65_HS1-834228961_62-HQ-83894_Section_3
Agency: FBI
Page 43
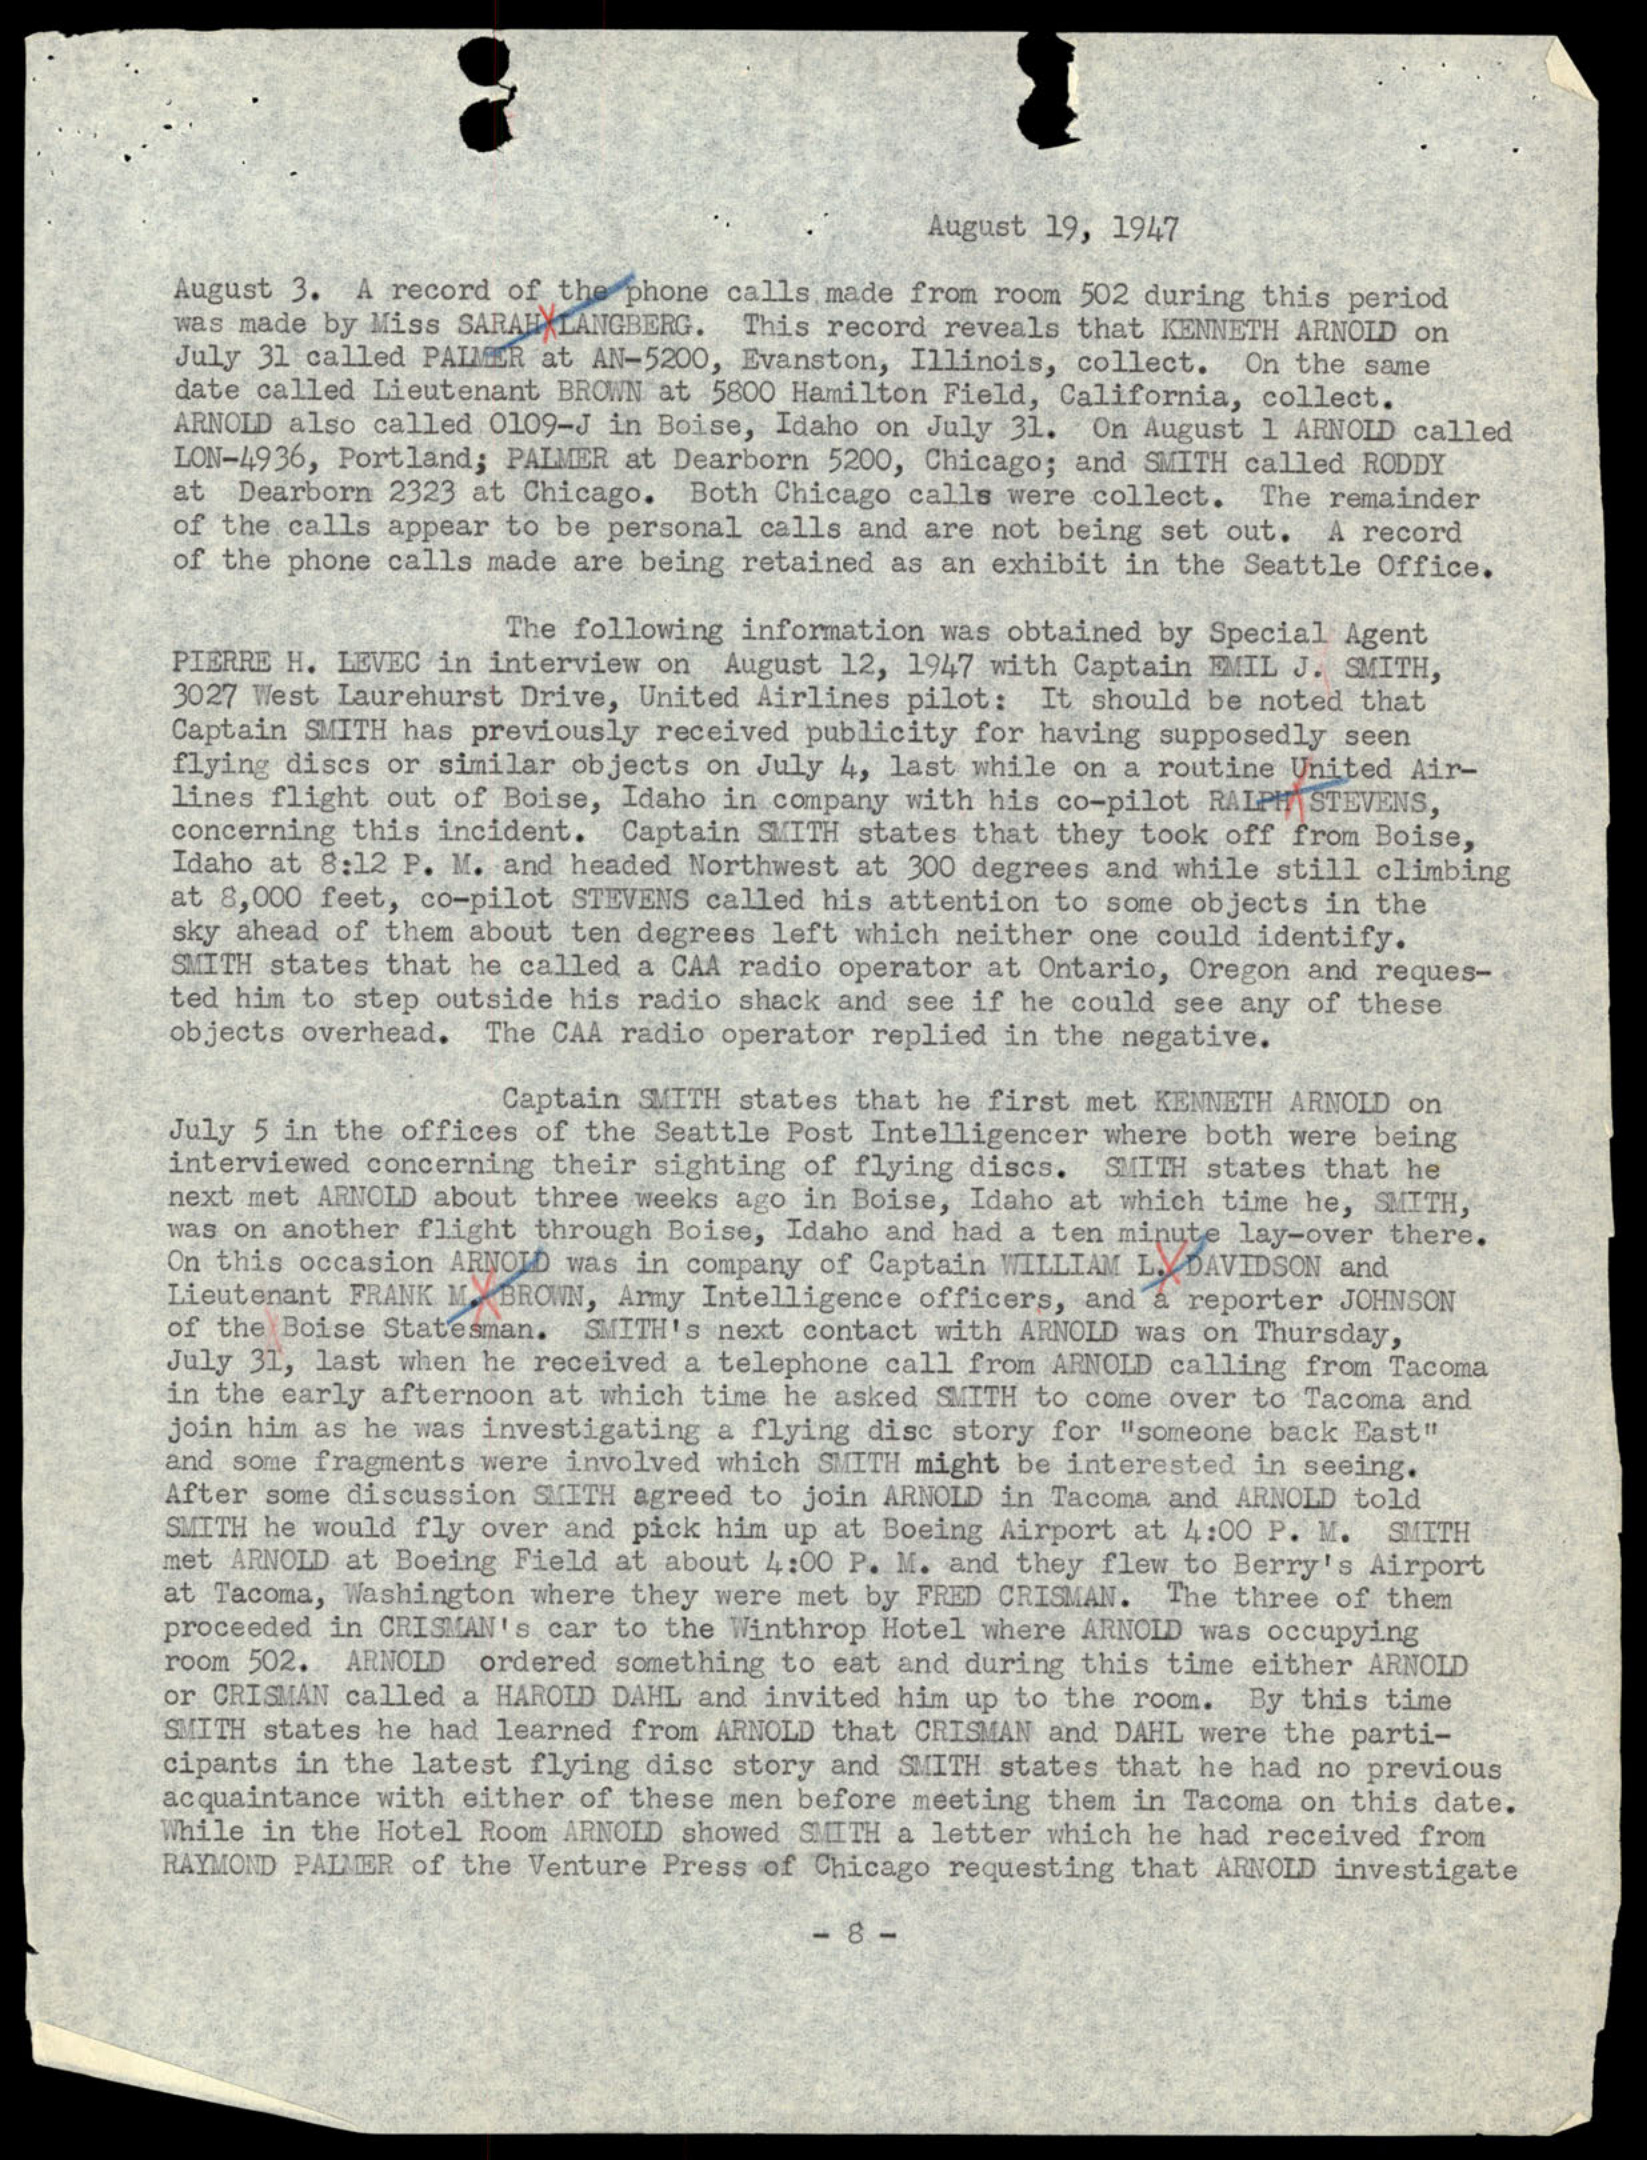